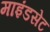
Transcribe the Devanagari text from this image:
माइंडसेट